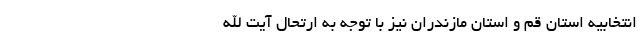
انتخابیه استان قم و استان مازندران نیز با توجه به ارتحال آیت الله